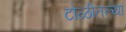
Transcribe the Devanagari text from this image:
टोळीतल्या